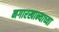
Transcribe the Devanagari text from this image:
नगारखान्याच्या